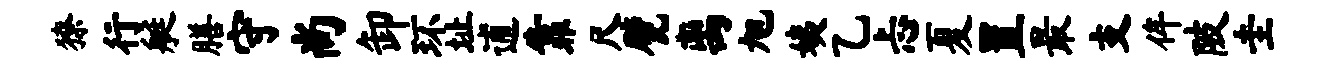
獠行艇膳守尚卸环址逋靠尺甓离旭姨乙忐夏置最支侔陂圭